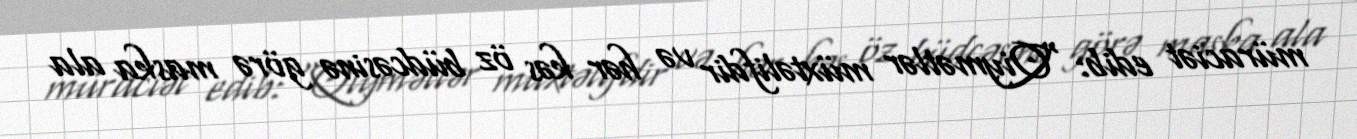
müraciət edib: "Qiymətlər müxtəlifdir və hər kəs öz büdcəsinə görə maska ala